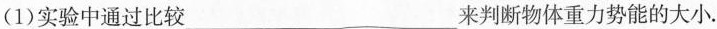
(1)实验中通过比较___来判断物体重力势能的大小.